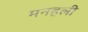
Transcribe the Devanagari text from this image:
मनहली